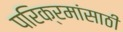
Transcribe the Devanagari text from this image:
परिक्रमांसाठी